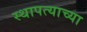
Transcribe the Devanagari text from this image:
स्थापत्याच्या